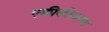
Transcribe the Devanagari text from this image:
एकीकीकरण